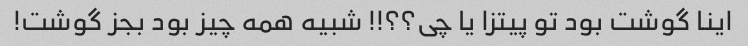
اینا گوشت بود تو پیتزا یا چی؟؟!! شبیه همه چیز بود بجز گوشت!